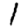
Digit: 1